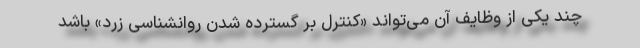
چند یکی از وظایف آن می‌تواند «کنترل بر گسترده شدن روانشناسی زرد» باشد